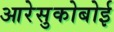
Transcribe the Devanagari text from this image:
आरेसुकोबोई